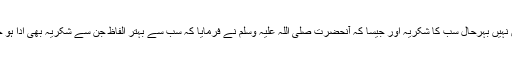
ایم ٹی اے کے کارکن ہیں، تمام شعبوں کا تو نام لینا ممکن نہیں بہرحال سب کا شکریہ اور جیسا کہ آنحضرت صلی اللہ علیہ وسلم نے فرمایا کہ سب سے بہتر الفاظ جن سے شکریہ بھی ادا ہو جائے اور دعا بھی مل جائے وہ یہ ہیں کہ جَزَاکَ اللّٰہُ خَیْرًا۔